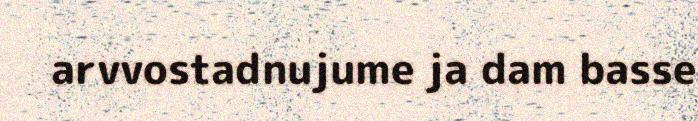
arvvostadnujume ja dam basse